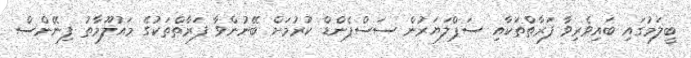
ބީލަމުގައި ބައިވެރިވާ ފަރާތްތަކާއި ސަޕްލަޔަރުން ސަސްޕެންޑް ކުރުމަށް ބޭނުންވާ ފަރާތްތަކުގެ މައުލޫމާތު ފިނޭންސް